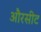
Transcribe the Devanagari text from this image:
औरसीट